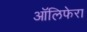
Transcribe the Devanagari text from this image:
ऑलिफेरा